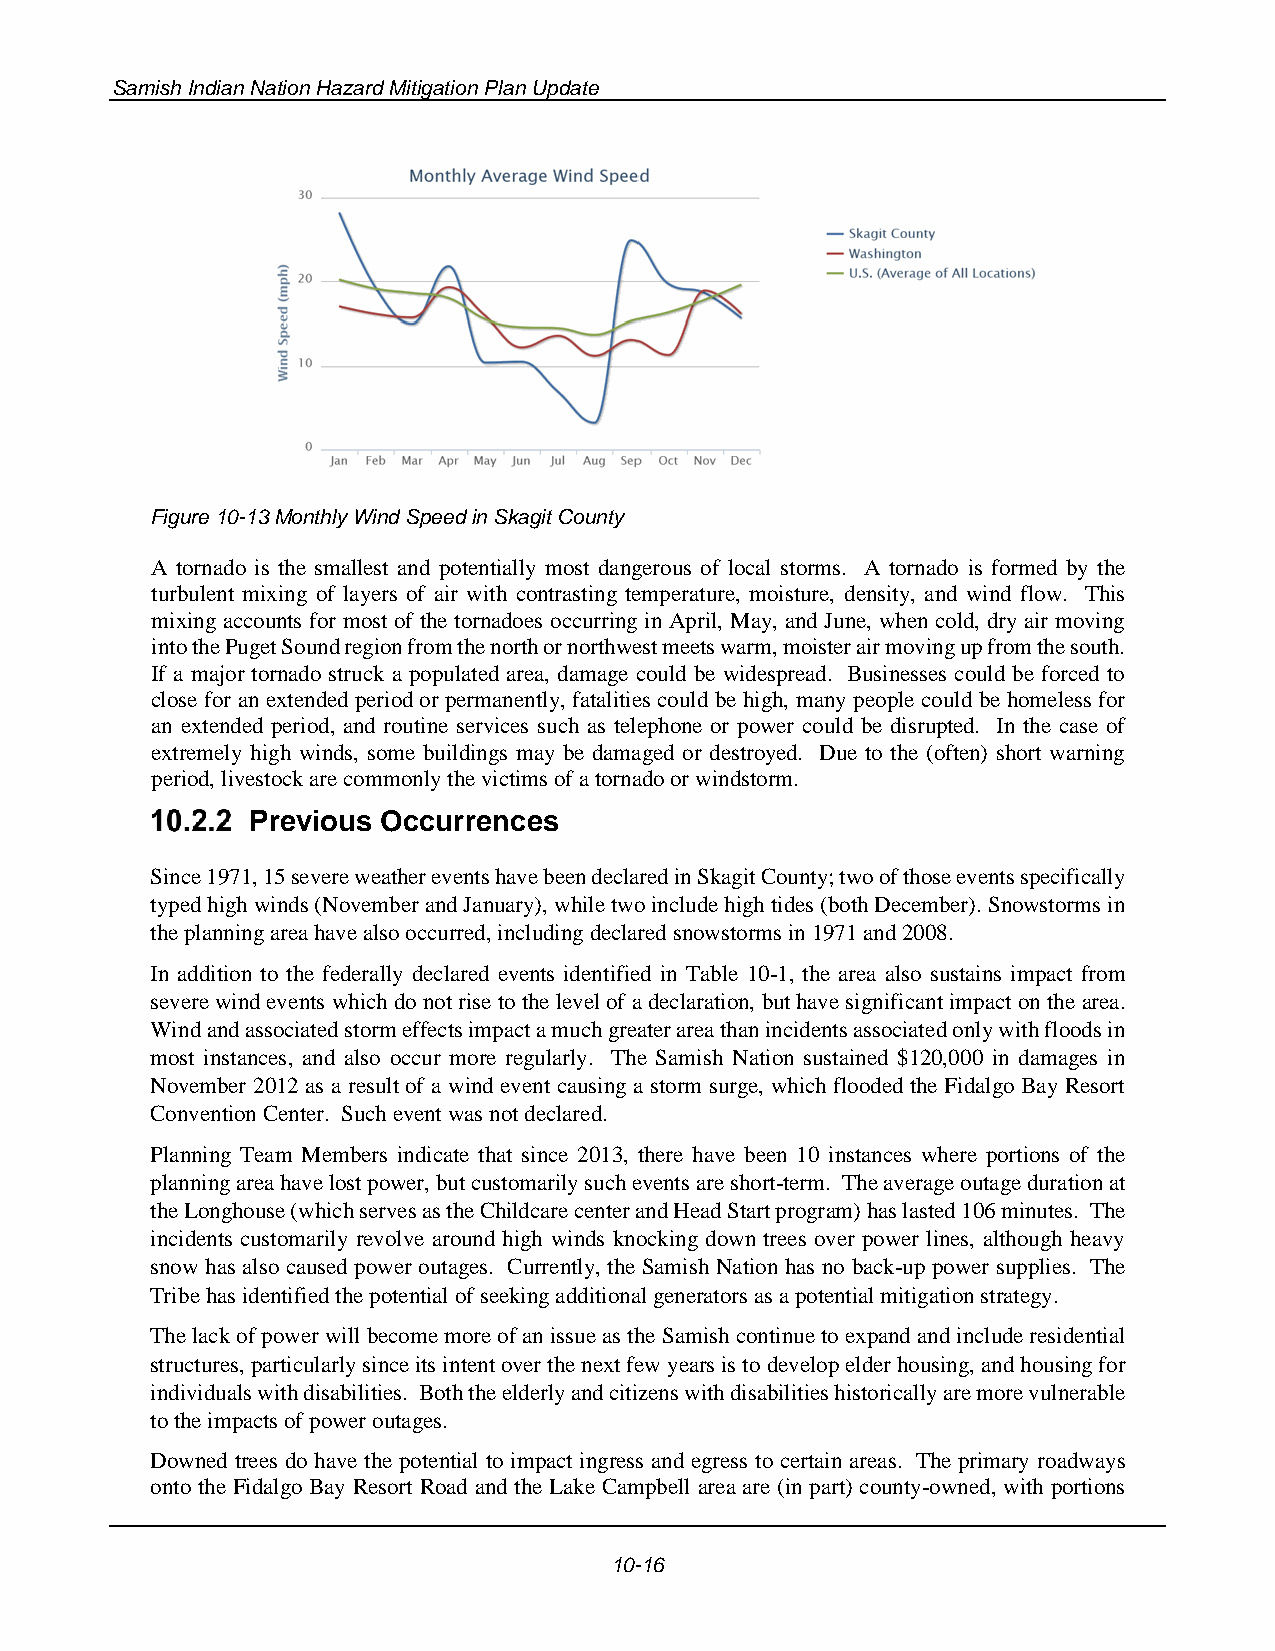
Samish Indian Nation Hazard Mitigation Plan Update
 Figure 10-13 Monthly Wind Speed in Skagit County
 A tornado is the smallest and potentially most dangerous of local storms. A tornado is formed by the
 turbulent mixing of layers of air with contrasting temperature, moisture, density, and wind flow. This
 mixing accounts for most of the tornadoes occurring in April, May, and June, when cold, dry air moving
 into the Puget Sound region from the north or northwest meets warm, moister air moving up from the south.
 If a major tornado struck a populated area, damage could be widespread. Businesses could be forced to
 close for an extended period or permanently, fatalities could be high, many people could be homeless for
 an extended period, and routine services such as telephone or power could be disrupted. In the case of
 extremely high winds, some buildings may be damaged or destroyed. Due to the (often) short warning
 period, livestock are commonly the victims of a tornado or windstorm.
 Previous Occurrences
 Since 1971, 15 severe weather events have been declared in Skagit County; two of those events specifically
 typed high winds (November and January), while two include high tides (both December). Snowstorms in
 the planning area have also occurred, including declared snowstorms in 1971 and 2008.
 In addition to the federally declared events identified in Table 10-1, the area also sustains impact from
 severe wind events which do not rise to the level of a declaration, but have significant impact on the area.
 Wind and associated storm effects impact a much greater area than incidents associated only with floods in
 most instances, and also occur more regularly. The Samish Nation sustained $120,000 in damages in
 November 2012 as a result of a wind event causing a storm surge, which flooded the Fidalgo Bay Resort
 Convention Center. Such event was not declared.
 Planning Team Members indicate that since 2013, there have been 10 instances where portions of the
 planning area have lost power, but customarily such events are short-term. The average outage duration at
 the Longhouse (which serves as the Childcare center and Head Start program) has lasted 106 minutes. The
 incidents customarily revolve around high winds knocking down trees over power lines, although heavy
 snow has also caused power outages. Currently, the Samish Nation has no back-up power supplies. The
 Tribe has identified the potential of seeking additional generators as a potential mitigation strategy.
 The lack of power will become more of an issue as the Samish continue to expand and include residential
 structures, particularly since its intent over the next few years is to develop elder housing, and housing for
 individuals with disabilities. Both the elderly and citizens with disabilities historically are more vulnerable
 to the impacts of power outages.
 Downed trees do have the potential to impact ingress and egress to certain areas. The primary roadways
 onto the Fidalgo Bay Resort Road and the Lake Campbell area are (in part) county-owned, with portions
 10-16